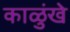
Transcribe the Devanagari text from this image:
काळुंखे